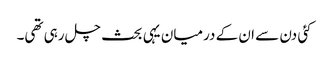
کئی دن سے ان کے درمیان یہی بحث چل رہی تھی۔